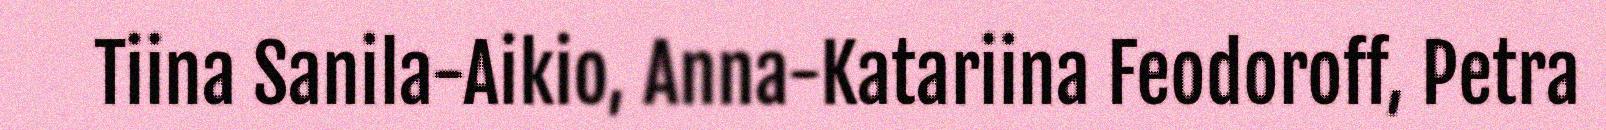
Tiina Sanila-Aikio, Anna-Katariina Feodoroff, Petra